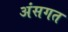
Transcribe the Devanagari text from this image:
अंसगत